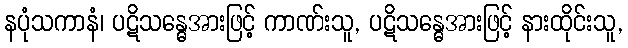
နပုံသကာနံ၊ ပဋိသန္ဓေအားဖြင့် ကာဏ်းသူ, ပဋိသန္ဓေအားဖြင့် နားထိုင်းသူ,